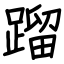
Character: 蹓